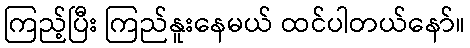
ကြည့်ပြီး ကြည်နူးနေမယ် ထင်ပါတယ်နော်။